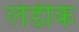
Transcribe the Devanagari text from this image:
लेडीके